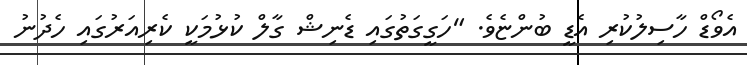
އެވޯޑް ހާސިލުކުރި އެޑީ ބުންޏެވެ. "ހަގީގަތުގައި ޑެނިޝް ގާލް ކުޅުމަކީ ކެރިއަރުގައި ހެދުނު